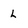
Character: L